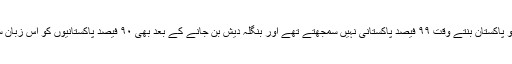
ایک ایسی زبان جس کو پاکستان بنتے وقت ۹۹ فیصد پاکستانی نہیں سمجھتے تھے اور بنگلہ دیش بن جانے کے بعد بھی ۹۰ فیصد پاکستانیوں کو اس زبان سے کوئی واسطہ نہیں۔